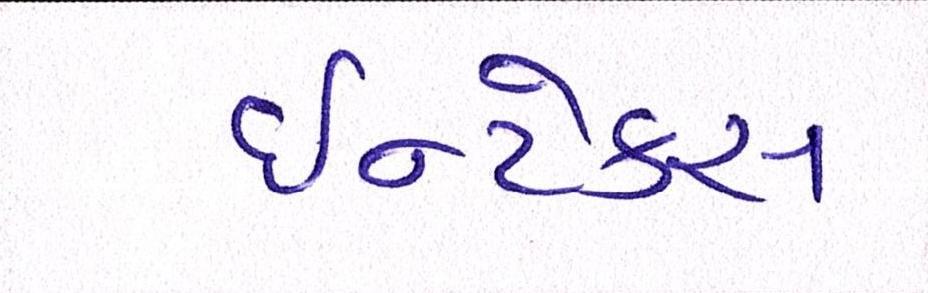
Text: ઈન્ટેક્સ